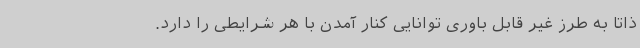
ذاتاً به طرز غیر قابل باوری توانایی کنار آمدن با هر شرایطی را دارد.